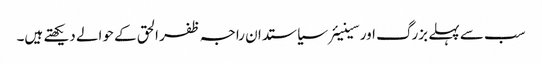
سب سے پہلے بزرگ اور سینیئرسیاستدان راجہ ظفر الحق کے حوالے دیکھتے ہیں۔